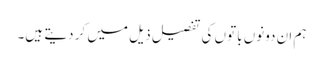
ہم ان دونوں باتوں کی تفصیل ذیل میں کر دیتے ہیں۔